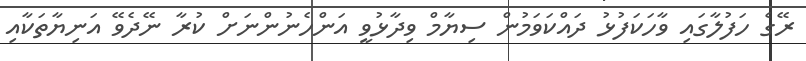
ރޭގެ ހަފުލާގައި ވާހަކަފުޅު ދައްކަވަމުން ސިޔާމް ވިދާޅުވީ އަންހެނުންނަށް ކުރާ ނޭދެވޭ އަނިޔާތަކާއި